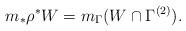
LaTeX: \begin{align*} m_*\rho^*W =m_\Gamma(W\cap \Gamma^{(2)}).\end{align*}